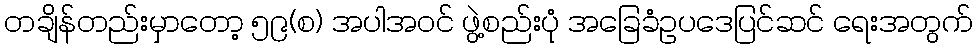
တချိန်တည်းမှာတော့ ၅၉(စ) အပါအဝင် ဖွဲ့စည်းပုံ အခြေခံဥပဒေပြင်ဆင် ရေးအတွက်